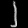
Digit: ၂